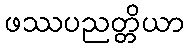
ဖဿပညတ္တိယာ